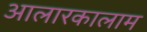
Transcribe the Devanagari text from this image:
आलारकालाम